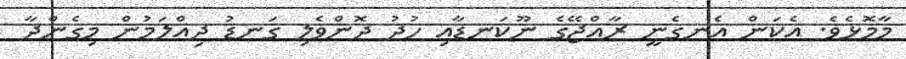
މާމޮޅެވެ. އެކަން އެނގެނީ ރާއްޖޭގެ ނޫކަނޑާއި ހުދު ދޮންވެލި ގަނޑު ދިއްލަމުން މިގެންދާ